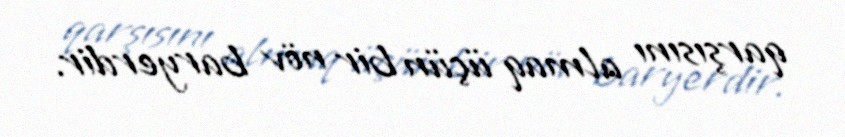
qarşısını almaq üçün bir növ baryerdir.